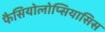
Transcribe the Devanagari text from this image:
फैसियोलोप्सियासिस